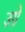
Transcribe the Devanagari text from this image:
उग्रे